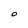
Character: O